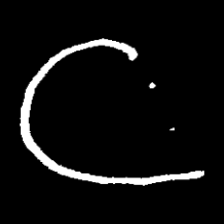
Pyu character \u2014 Myanmar letter: ဋ (romanized: tta)